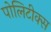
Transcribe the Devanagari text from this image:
पोलिटीक्स